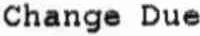
CHANGE DUE